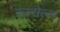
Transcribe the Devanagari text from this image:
रुस्सेल्ल